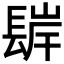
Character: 𨲊